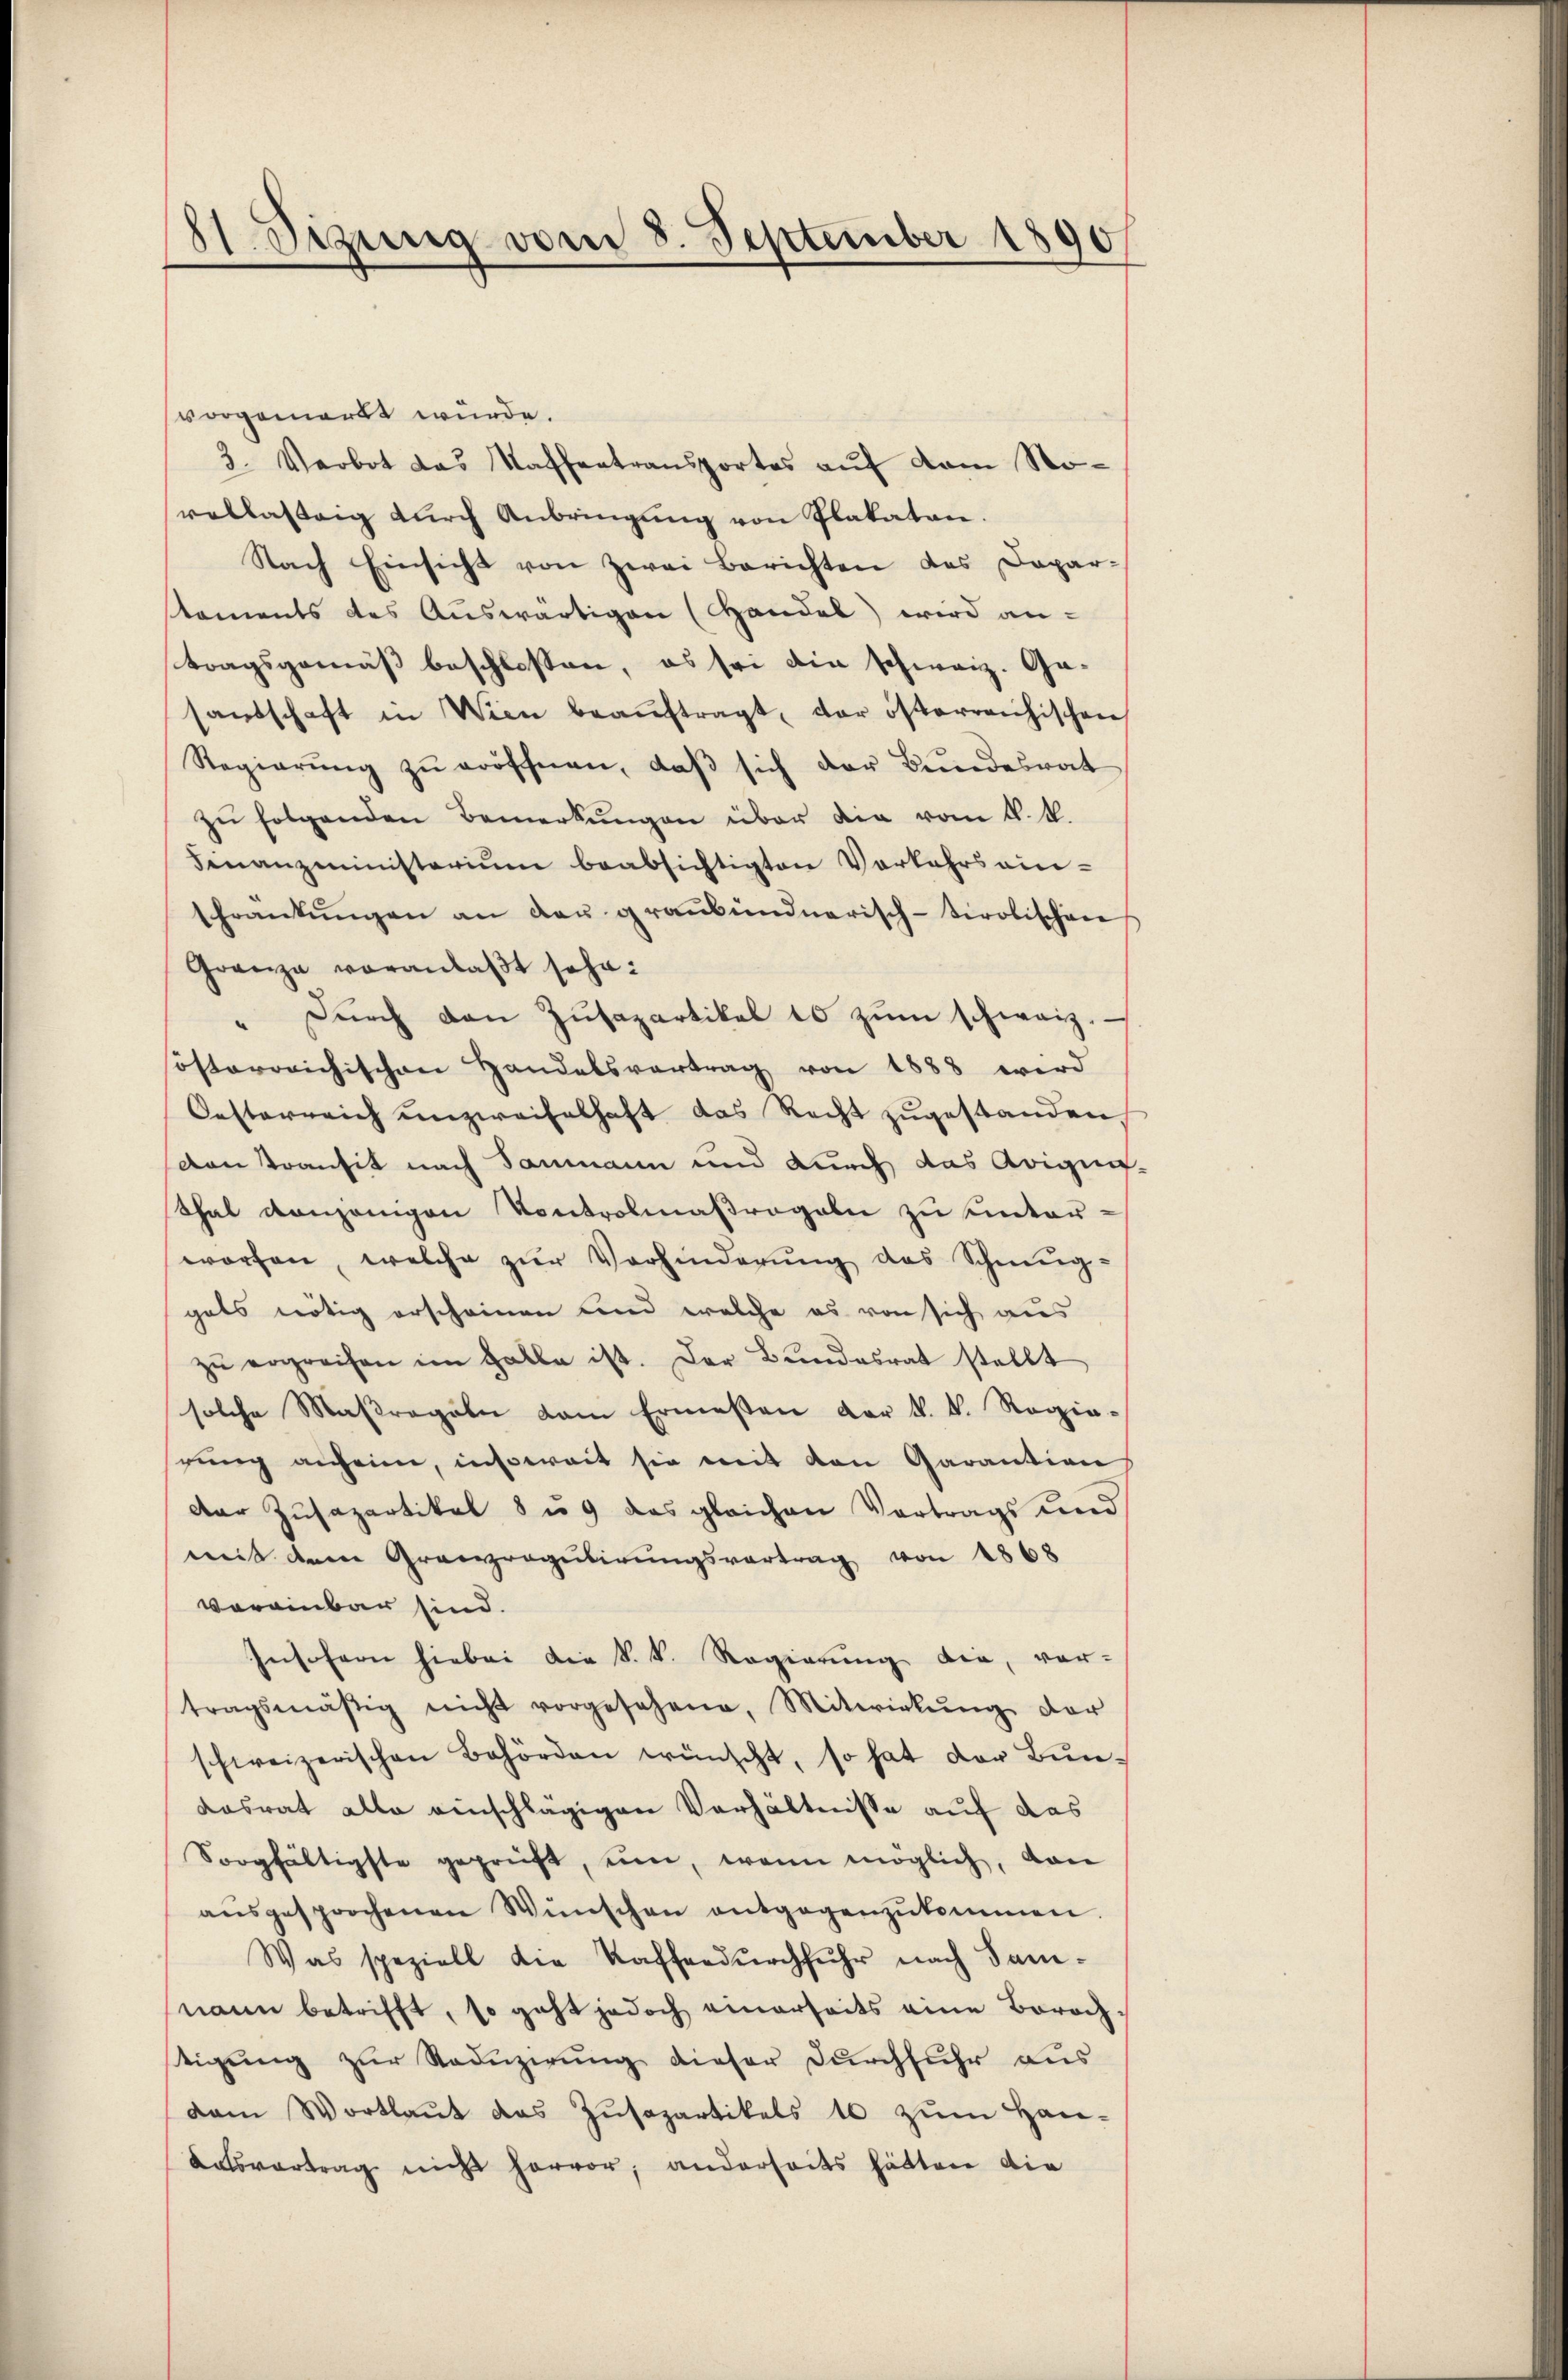
81. Sizung vom 8. September 1890

vorgemerkt wurde.
2. Verbot das Waffentransportes auf dem Norellasteig dŭrch Anbringŭng von Plakaten.
Nach Einsicht von zwei Berichten des Dapar-
staments des Auswärtigen (Handel) wird antragsgemäß beschlossen, es sei die schweiz. Ge-
sandschaft in Wien beaŭftragt, der österreichischen
Regierŭng zŭ eröffnen, daβ sich der Bundesrat
zu folgenden Bemerkungen über die vom k. k.
Finanzministerium beabsichtigten Vorkehrs ein-
sFrankŭngen an der graubündnerisch-tirolischen
Grenze voranlaßt sehe:
" Dŭrch den Zŭsapartikel 10 zŭm schweiz.
österreichischen Handelsvertrag von 1888 wird
Oesterreich unzweifelhaft das Recht zugestanden
den Transit nach Saumann und durch das Arigin-
Thal denjenigen Kontrolmaßregeln zu hinterworfen, welche zŭr Vorhinderŭng des Schmug-
gats nötig erscheinen und welche es von sich aus
zŭ ergreifen im Halle ist. Der Bundesrat stellt
solche Maßregeln dem Ermessen der k. k. Regie-
rŭng anheim, insoweit sie mit den Garantion
der Zusapartikel 8 u. das gleichen Vortrags und
mit dem Granregulirungsvortrag von 1868
vereinbar sind.
Insofern hiebei die k. k. Regierŭng die, vor-
tragsmäßig nicht vorgesehene Mitwirkŭng der
schweizerischen Behörden wünscht, so hat der Bundasrat alle einschlägigen Verhältnisse auf das
Sorgfältigste geprüft, um, wenn möglich, von
aŭsgesprochenen Wünschen entgegenzŭkommen.
Was speziell die Kaffeedŭrchfuhr nach Samnann betrifft, so geht jedoch einerseits eine Borochtigŭng zŭr Nadŭzirŭng dieser Dŭrchfuhr aus
dam Wortlaut das Zŭsapartikels 10 zŭm Han-
Latsvertrag nicht hervor, anderseits hätten die